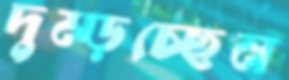
দুম্‌ড়চ্ছেন